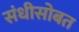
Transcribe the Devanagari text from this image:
संधीसोबत